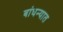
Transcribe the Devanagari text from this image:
बांधन्यात